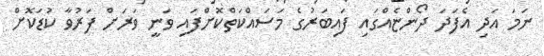
ނަމަ އަދި އެފަދަ ދޯންޏެއްގައި ފައިބަރުގެ މަސައްކަތްކޮށްފައި ވަނީ ވަރަށް ފަރުވާ ކުޑަކޮށް